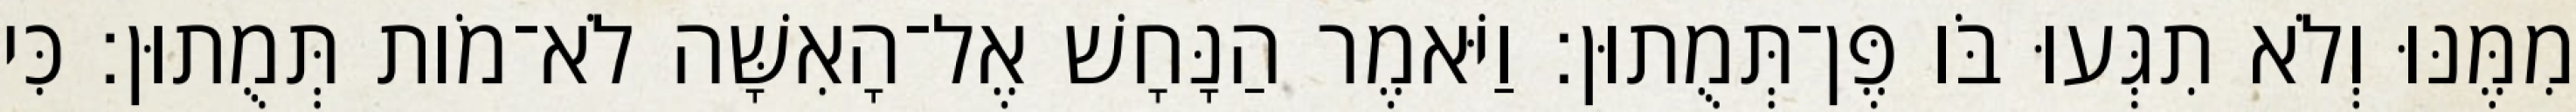
מִמֶּנּוּ וְלֹא תִגְּעוּ בֹּו פֶּן־תְּמֻתוּן׃ וַיֹּאמֶר הַנָּחָשׁ אֶל־הָאִשָּׁה לֹא־מֹות תְּמֻתוּן׃ כִּי